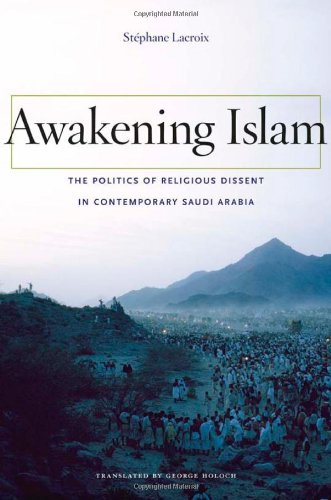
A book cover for Awakening Islam: The Politics of Religious Dissent in Contemporary Saudi Arabia; StÃ©phane Lacroix; History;